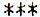
***